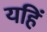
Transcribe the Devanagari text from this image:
यहिं